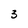
Character: 3